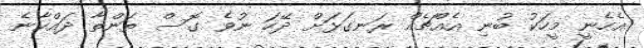
އެހެނީ މީހަކު ބުނި އެއްޗެއް ރަނގަޅަށް ދޭހަ ނުވެ ގޮސް ތަންތާ ދައްކާނެ